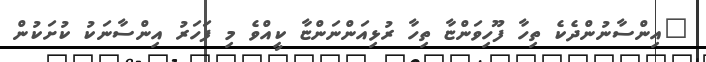
"އިންސާނުންދެކެ ތިހާ ފޫހިވަންޏާ ތިހާ ރުޅިއަންނަންޏާ ކީއްވެ މި ފަހަރު އިންސާނަކު ކުށަކުން